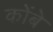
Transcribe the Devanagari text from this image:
कोंबे